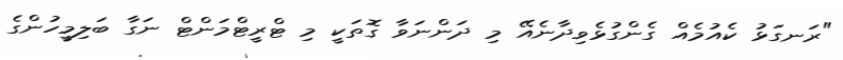
"ރަނގަޅު ކެއުމެއް ގެންގުޅެވިދާނެއޭ މި ދަންނަވާ ގޮތަކީ މި ޓްރީޓްމަންޓް ނަގާ ބަލިމީހުންގެ